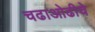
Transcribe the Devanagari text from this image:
चढाओढीचे